Annual administration report of the Civil Veterinary Department of India - 1900-1901
Year: 1900
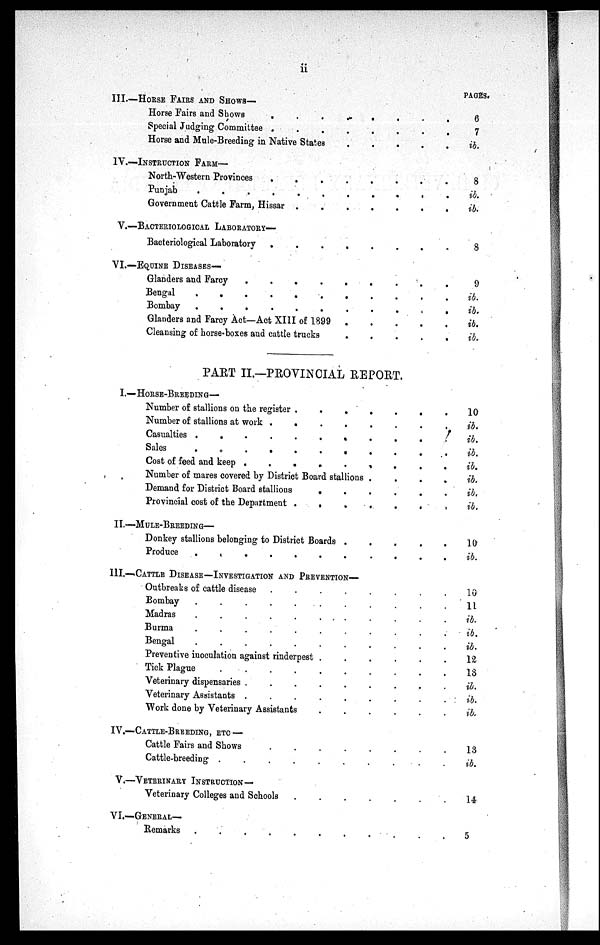
ii
III.—HORSE FAIRS AND SHOWS—
Horse Fairs and Shows
.
.
.
.
.
.
.
Special Judging Committee
.
.
.
.
.
.
.
Horse and Mule-Breeding in Native States
.
.
.
.
.
IV.—INSTRUCTION
FARM—
North-Western Provinces
.
.
Punjab
. . . . . . . . .
Government Cattle Farm, Hissar .
.
.
.
.
.
.
V.—BACTERIOLOGICAL
LABORATORY—
Bacteriological Laboratory
.
.
.
.
.
.
.
.
VI.—EQUINE DISEASES—
Glanders and Farcy
.
.
.
.
.
.
Bengal
.
.
.
.
.
.
.
.
.
.
.
Bombay
.
.
.
.
.
.
.
.
.
.
.
Glanders and Farcy Act—Act XIII of 1899
Cleansing of horse-boxes and cattle trucks
.
.
.
.
.
PART II.—PROVINCIAL REPORT.
I.—HORSE-BREEDING—
Number of stallions on the register .
.
.
.
.
.
.
Number of stallions at work .
.
.
.
.
.
.
.
Casualties .
.
.
.
.
.
.
.
.
.
.
Sales
.
.
.
.
.
.
.
.
.
.
Cost of feed and keep . . . . . . . .
Number of mares covered by District Board stallions .
.
.
.
Demand for District Board stallions
.
.
.
.
.
.
Provincial cost of the Department .
.
.
. .
.
.
.
II.—MULE-BREEDING—
Donkey stallions belonging to District Boards .
.
.
.
.
Produce . . . . . . . . . .
III.—CATTLE DISEASE—INVESTIGATION AND PREVENTION—
Outbreaks of cattle disease
.
.
.
.
.
.
.
.
Bombay
.
.
.
.
.
. .
.
.
.
.
.
Madras
.
.
.
.
.
. . .
Burma
.
.
.
.
.
.
.
.
.
.
.
Bengal
.
.
.
.
.
.
.
.
.
.
.
Preventive inoculation against rinderpest .
.
.
.
.
.
Tick Plague
.
.
Veterinary dispensaries
Veterinary Assistants .
.
.
.
.
.
.
.
.
Work done by Veterinary Assistants
.
.
.
.
.
.
IV.—CATTLE-BREEDING, ETC —
Cattle Fairs and Shows
.
.
.
.
.
.
.
.
Cattle-breeding .
.
.
.
.
.
.
.
.
.
V.—VETERINARY INSTRUCTION—
Veterinary Colleges and Schools
.
.
.
.
.
.
.
VI.—GENERAL—
Remarks
.
.
.
.
.
.
.
.
.
.
.
PAGES.
6
7
ib.
8
ib.
ib.
8
9
ib.
ib.
ib.
ib.
10
ib.
ib.
ib.
ib.
ib.
ib.
ib.
10
ib.
10
11
ib.
ib.
ib.
12
13
ib.
ib.
ib.
13
ib.
14
5